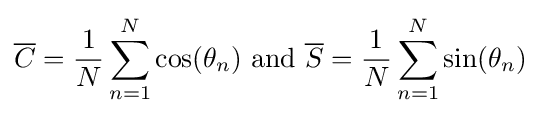
{\overline {C}}={\frac {1}{N}}\sum _{n=1}^{N}\cos(\theta _{n}){\text{ and }}{\overline {S}}={\frac {1}{N}}\sum _{n=1}^{N}\sin(\theta _{n})